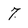
Character: 7